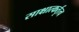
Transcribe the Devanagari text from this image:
साक्षात्कर्तृत्व